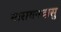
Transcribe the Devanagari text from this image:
नारायनदासु